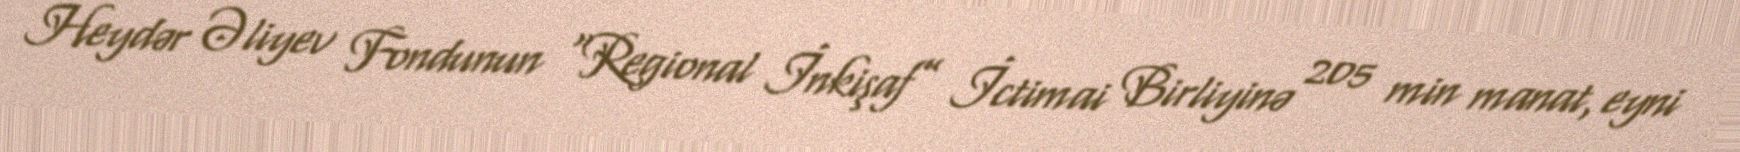
Heydər Əliyev Fondunun “Regional İnkişaf” İctimai Birliyinə 205 min manat, eyni